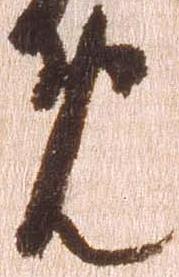
め